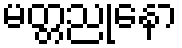
မတ္တညုနော